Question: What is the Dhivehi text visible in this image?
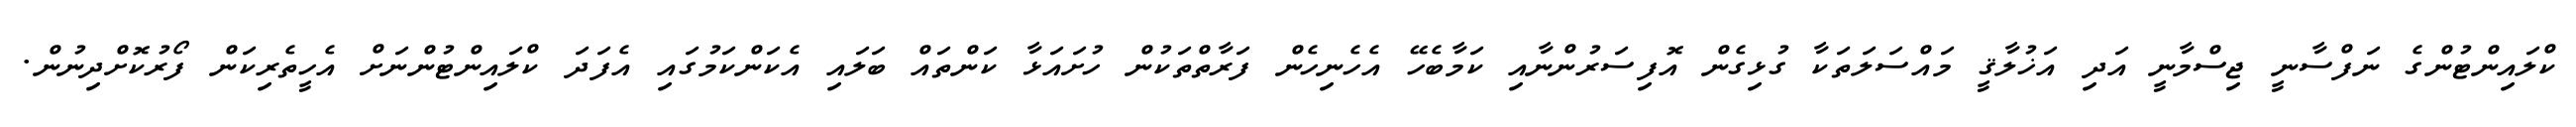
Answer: ކްލައިންޓުންގެ ނަފްސާނީ ޖިސްމާނީ އަދި އަޚުލާޤީ މައްސަލަތަކާ ގުޅިގެން އޮފިސަރުންނާއި ކަމާބެހޭ އެހެނިހެން ފަރާތްތަކުން ހުށައަޅާ ކަންތައް ބަލައި އެކަންކަމުގައި އެފަދަ ކްލައިންޓުންނަށް އެހީތެރިކަން ފޯރުކޮށްދިނުން.